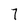
Character: 7